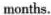
months.